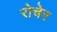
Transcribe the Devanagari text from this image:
रोचेर